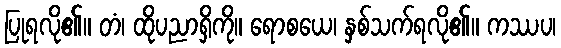
ပြုရလို၏။ တံ၊ ထိုပညာရှိကို။ ရောစယေ၊ နှစ်သက်ရလို၏။ ကဿပ၊